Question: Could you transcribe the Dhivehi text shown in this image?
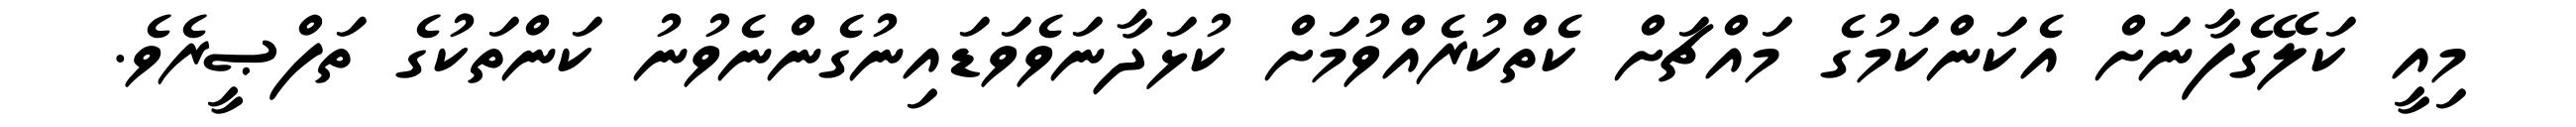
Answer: މިއީ ކަލޭގެފާނަށް އެކަންކަމުގެ މައްޗަށް ކެތްކުރެއްވުމަށް ކުޅަދާނަވެވަޑައިނުގެންނެވުނު ކަންތަކުގެ ތަފްޞީރެވެ.